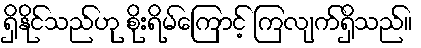
ရှိနိုင်သည်ဟု စိုးရိမ်ကြောင့် ကြလျက်ရှိသည်။